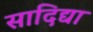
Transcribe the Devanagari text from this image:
सादिद्या